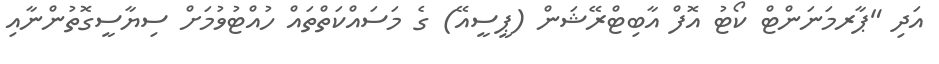
އަދި "ޕާރމަނަންޓް ކޯޓު އޮފް އާބިޓްރޭޝަން (ޕީސީއޭ) ގެ މަސައްކަތްތައް ހުއްޓުވުމަށް ސިޔާސީގޮތުންނާއި